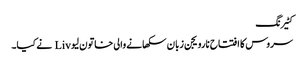
کٹیرنگ
سروس کا افتتاح نارویجن زبان سکھانے والی خاتون لیو Liv نے کیا۔